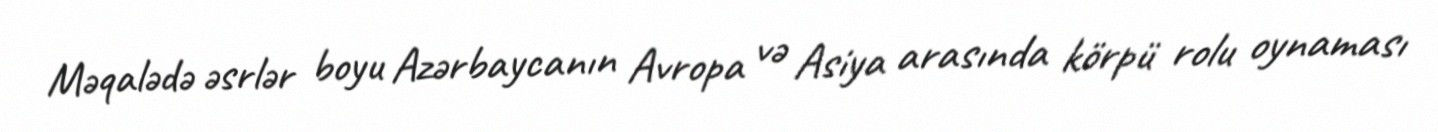
Məqalədə əsrlər boyu Azərbaycanın Avropa və Asiya arasında körpü rolu oynaması